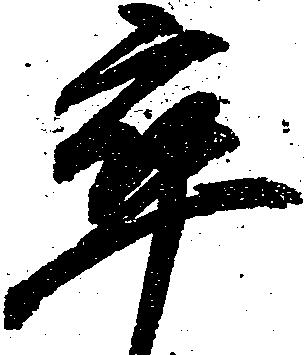
卒